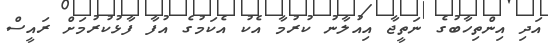
އަދި އިންތިހާބުގެ ނަތީޖާ އިއުލާނު ކުރުމާ އެކު އެކަމުގެ އުފާ ފާޅުކުރުމަށް ރައީސް